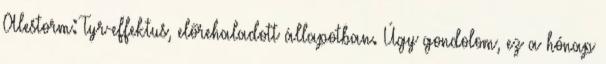
Alestorm: Tyr-effektus, előrehaladott állapotban. Úgy gondolom, ez a hónap